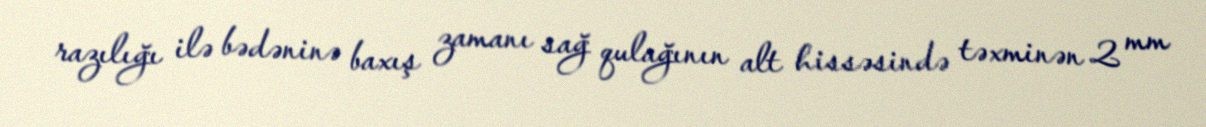
razılığı ilə bədəninə baxış zamanı sağ qulağının alt hissəsində təxminən 2 mm